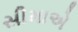
સીમાએ